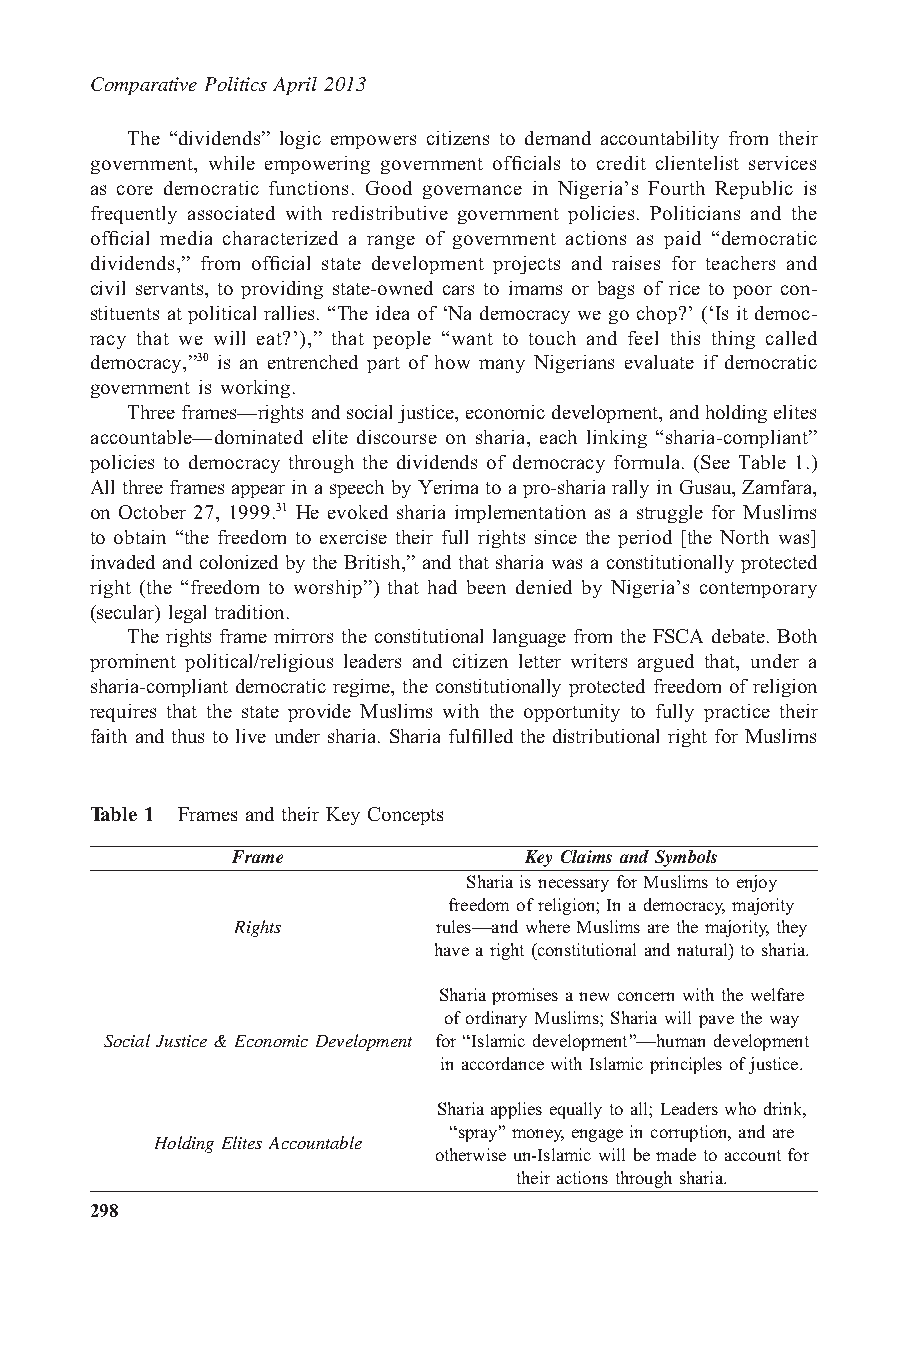
Comparative Politics April 2013
 The “dividends” logic empowers citizens to demand accountability from their
 government, while empowering government officials to credit clientelist services
 as core democratic functions. Good governance in Nigeria’s Fourth Republic is
 frequently associated with redistributive government policies. Politicians and the
 official media characterized a range of government actions as paid “democratic
 dividends,” from official state development projects and raises for teachers and
 civil servants, to providing state-owned cars to imams or bags of rice to poor con-
 stituents at political rallies. “The idea of ‘Na democracy we go chop?’ (‘Is it democ-
 racy that we will eat?’),” that people “want to touch and feel this thing called
 democracy,”30 is an entrenched part of how many Nigerians evaluate if democratic
 government is working.
 Threeframes—rightsandsocialjustice,economicdevelopment,andholdingelites
 accountable—dominated elite discourse on sharia, each linking “sharia-compliant”
 policies to democracy through the dividends of democracy formula. (See Table 1.)
 Allthreeframes appearinaspeechbyYerimatoapro-sharia rallyinGusau,Zamfara,
 on October 27, 1999.31 He evoked sharia implementation as a struggle for Muslims
 to obtain “the freedom to exercise their full rights since the period [the North was]
 invaded and colonized by the British,” and that sharia was a constitutionally protected
 right (the “freedom to worship”) that had been denied by Nigeria’s contemporary
 (secular) legal tradition.
 The rights frame mirrors the constitutional language from the FSCA debate. Both
 prominent political/religious leaders and citizen letter writers argued that, under a
 sharia-compliant democratic regime, the constitutionally protected freedom of religion
 requires that the state provide Muslims with the opportunity to fully practice their
 faith and thus to live under sharia. Sharia fulfilled the distributional right for Muslims
 Table 1 Frames and their Key Concepts
 Frame               Key Claims andSymbols
 Shariais necessary forMuslims toenjoy
 freedom of religion; In ademocracy,majority
 Rights        rules—and whereMuslims arethe majority,they
 havearight (constitutional andnatural) to sharia.
 Shariapromises anew concernwith thewelfare
 of ordinary Muslims; Sharia will pavethe way
 Social Justice & EconomicDevelopment for “Islamicdevelopment”—humandevelopment
 in accordance with Islamic principles of justice.
 Shariaapplies equally toall; Leaders whodrink,
 “spray”money,engagein corruption, andare
 HoldingElites Accountable
 otherwise un-Islamic will bemade to accountfor
 their actions through sharia.
 298